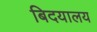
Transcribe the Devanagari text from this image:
बिदयालय